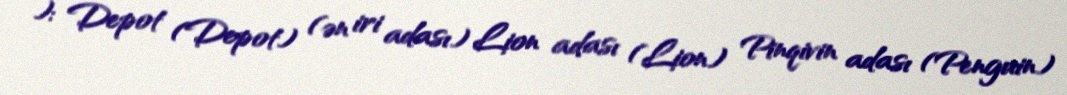
): Depot (Depot) (ən iri adası) Lion adası (Lion) Pinqivin adası (Penguin)